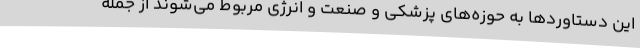
این دستاوردها به حوزه‌های پزشکی و صنعت و انرژی مربوط می‌شوند از جمله